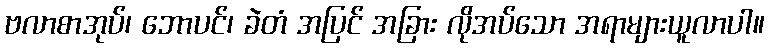
ဗလာစာအုပ်၊ ဘောပင်၊ ခဲတံ အပြင် အခြား လိုအပ်သော အရာများယူလာပါ။